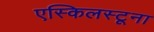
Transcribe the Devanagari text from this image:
एस्किलस्टूना